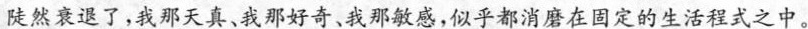
陡然衰退了，我那天真、我那好奇，我那敏感，似乎都消磨在固定的生活程式之中。